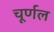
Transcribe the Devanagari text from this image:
चूर्णल